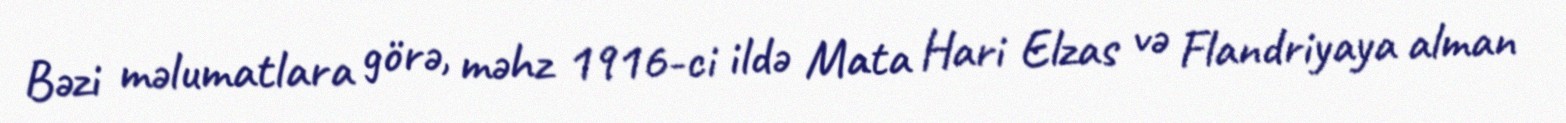
Bəzi məlumatlara görə, məhz 1916-ci ildə Mata Hari Elzas və Flandriyaya alman